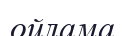
ойлама